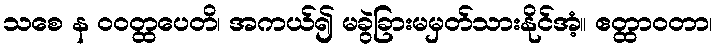
သစေ န ဝဝတ္ထပေတိ၊ အကယ်၍ မခွဲခြားမမှတ်သားနိုင်အံ့။ ဧတ္ထာဝတာ၊